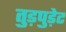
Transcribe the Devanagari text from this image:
तुड़पुड़ेट